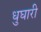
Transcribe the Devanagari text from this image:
धुघारी